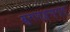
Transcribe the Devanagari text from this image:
म्रुगण्ङ्ण्ग्ल्